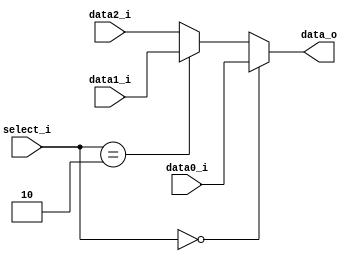
module MUX32_3(data0_i, data1_i, data2_i, select_i, data_o);

input [31:0] data0_i;
input [31:0] data1_i;
input [31:0] data2_i;
input [1:0] select_i;
output [31:0] data_o;

assign data_o = (select_i == 2'b00) ? data0_i :
		 (select_i == 2'b10) ? data1_i :
								data2_i;

endmodule